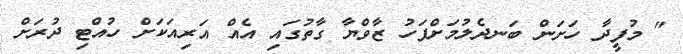
" މުފީދާ ހަށަން ބަނދެލުމަށްފަހު ޒާވްޔާ ގާތުގައި އެއް އަރިއަކަށް ހުއްޓި ދުރަށް